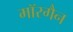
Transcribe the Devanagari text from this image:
मॉरगैन